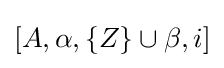
[A,\alpha ,\{Z\}\cup \beta ,i]